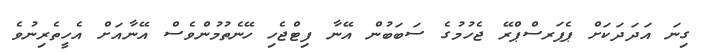
ގިނަ އަދަދަކަށް ޕެޕަރސްޕްރޭ ޖެހުމުގެ ސަބަބުން އޭނާ ފިޓްޖެހި ހޭނެތުމުންވެސް އޭނާއަށް އެހީތެރިނުވެ